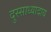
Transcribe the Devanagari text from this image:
दुस्साध्यादाय